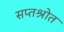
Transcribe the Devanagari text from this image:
सप्तश्रोत